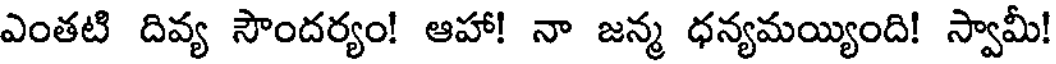
ఎంతటి దివ్య సౌందర్యం! ఆహా! నా జన్మ ధన్యమయ్యింది! స్వామీ!